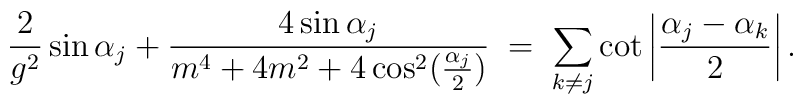
{2\over g^2} \sin\alpha_j+ {4\sin\alpha_j\over m^4+4m^2+4\cos^2({\alpha_j\over 2})} \;=\;\sum_{k\neq j}\cot\left|{\alpha_j-\alpha_k\over 2}\right|.